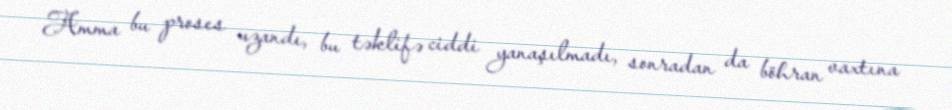
Amma bu proses uzandı, bu təklifə ciddi yanaşılmadı, sonradan da böhran vaxtına